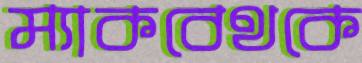
ম্যাকবেথকে